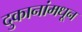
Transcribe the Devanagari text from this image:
दुकानांमधून